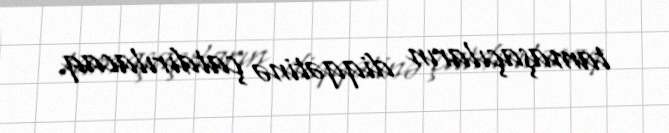
tamaşaçıların diqqətinə çatdırılacaq.